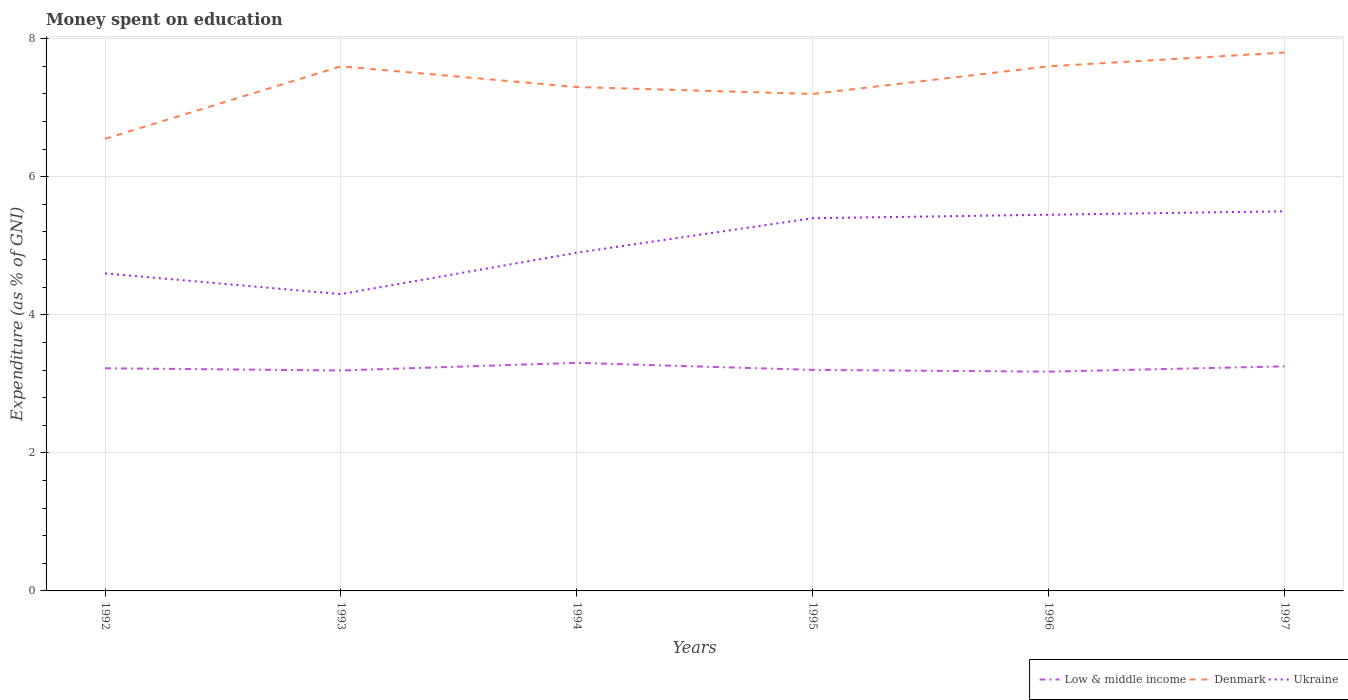
| Years | Low & middle income | Denmark | Ukraine |
 | --- | --- | --- | --- |
 | 1992 | 3.23 | 6.55 | 4.6 |
 | 1993 | 3.19 | 7.6 | 4.3 |
 | 1994 | 3.3 | 7.3 | 4.9 |
 | 1995 | 3.2 | 7.2 | 5.4 |
 | 1996 | 3.18 | 7.6 | 5.45 |
 | 1997 | 3.25 | 7.8 | 5.5 |